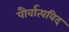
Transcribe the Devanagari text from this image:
पौर्वात्यविद